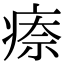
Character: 𤷈